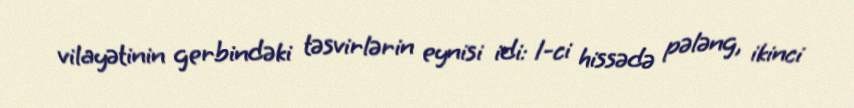
vilayətinin gerbindəki təsvirlərin eynisi idi: 1-ci hissədə pələng, ikinci